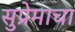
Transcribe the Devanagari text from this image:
सुप्रेमाचा